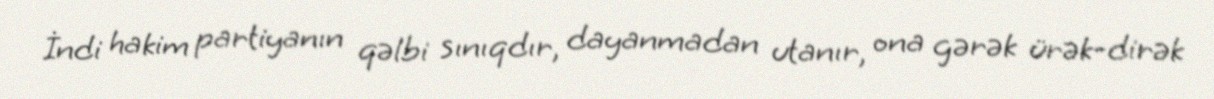
İndi hakim partiyanın qəlbi sınıqdır, dayanmadan utanır, ona gərək ürək-dirək